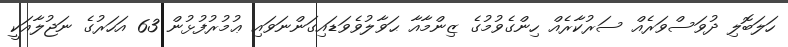
ހަލަބޮލި ދުވަސްވަރެއް ސަރުކާރެއް ހިންގެވުމުގެ ޒިންމާއާ ޙަވާލުވެވަޑައިގަންނަވައި ޢުމުރުފުޅުން 63 އަހަރުގެ ނަޖުލާއަކީ